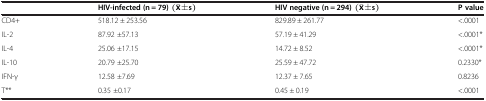
<table><thead><tr><td><b> </b></td><td><b>HIV-infected (n = 79)</b></td><td><b>HIV negative (n = 294)</b></td><td><b>P value</b></td></tr></thead><tbody><tr><td>CD4+</td><td>518.12 ± 253.56</td><td>829.89 ± 261.77</td><td>&lt;.0001</td></tr><tr><td>IL-2</td><td>87.92 ±57.13</td><td>57.19 ± 41.29</td><td>&lt;.0001*</td></tr><tr><td>IL-4</td><td>25.06 ±17.15</td><td>14.72 ± 8.52</td><td>&lt;.0001*</td></tr><tr><td>IL-10</td><td>20.79 ±25.70</td><td>25.59 ± 47.72</td><td>0.2330*</td></tr><tr><td>IFN-γ</td><td>12.58 ±7.69</td><td>12.37 ± 7.65</td><td>0.8236</td></tr><tr><td>T**</td><td>0.35 ±0.17</td><td>0.45 ± 0.19</td><td>&lt;.0001</td></tr></tbody></table>